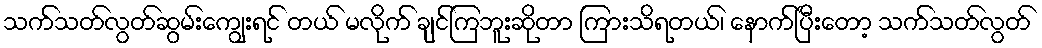
သက်သတ်လွတ်ဆွမ်းကျွေးရင် တယ် မလိုက် ချင်ကြဘူးဆိုတာ ကြားသိရတယ်၊ နောက်ပြီးတော့ သက်သတ်လွတ်